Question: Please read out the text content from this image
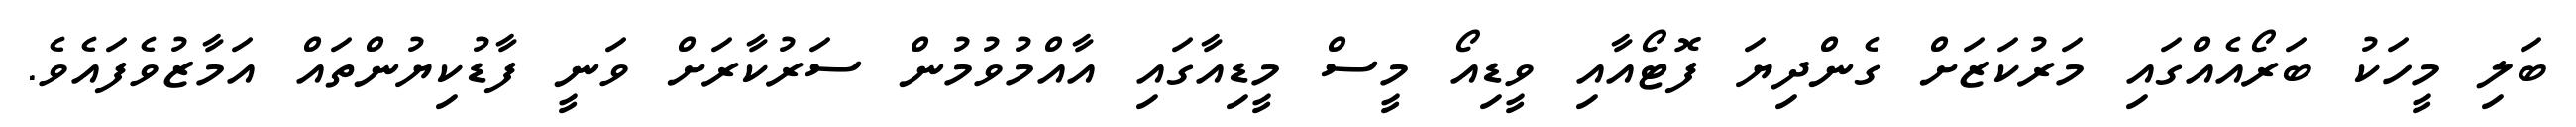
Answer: ބަލި މީހަކު ބަރޯއެއްގައި މަރުކަޒަށް ގެންދިޔަ ފޮޓޯއާއި ވީޑިއޯ މީސް މީޑިއާގައި އާއްމުވުމުން ސަރުކާރަށް ވަނީ ފާޑުކިޔުންތައް އަމާޒުވެފައެވެ.